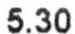
5.30